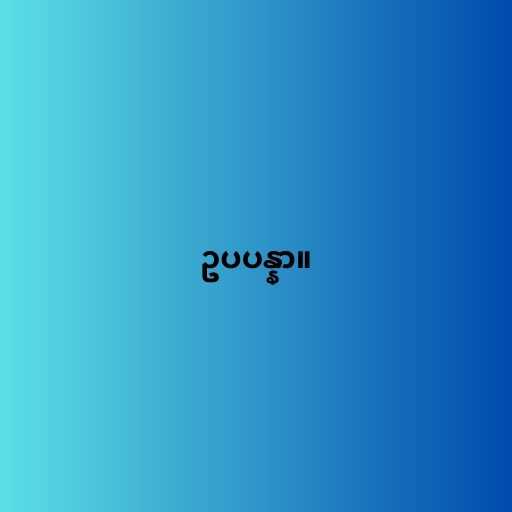
ဥပပန္နာ။